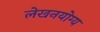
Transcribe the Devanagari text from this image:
लेखनयोग्य